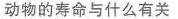
动物的寿命与什么有关